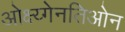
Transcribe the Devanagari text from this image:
ओक्ष्य्गेनतिओन